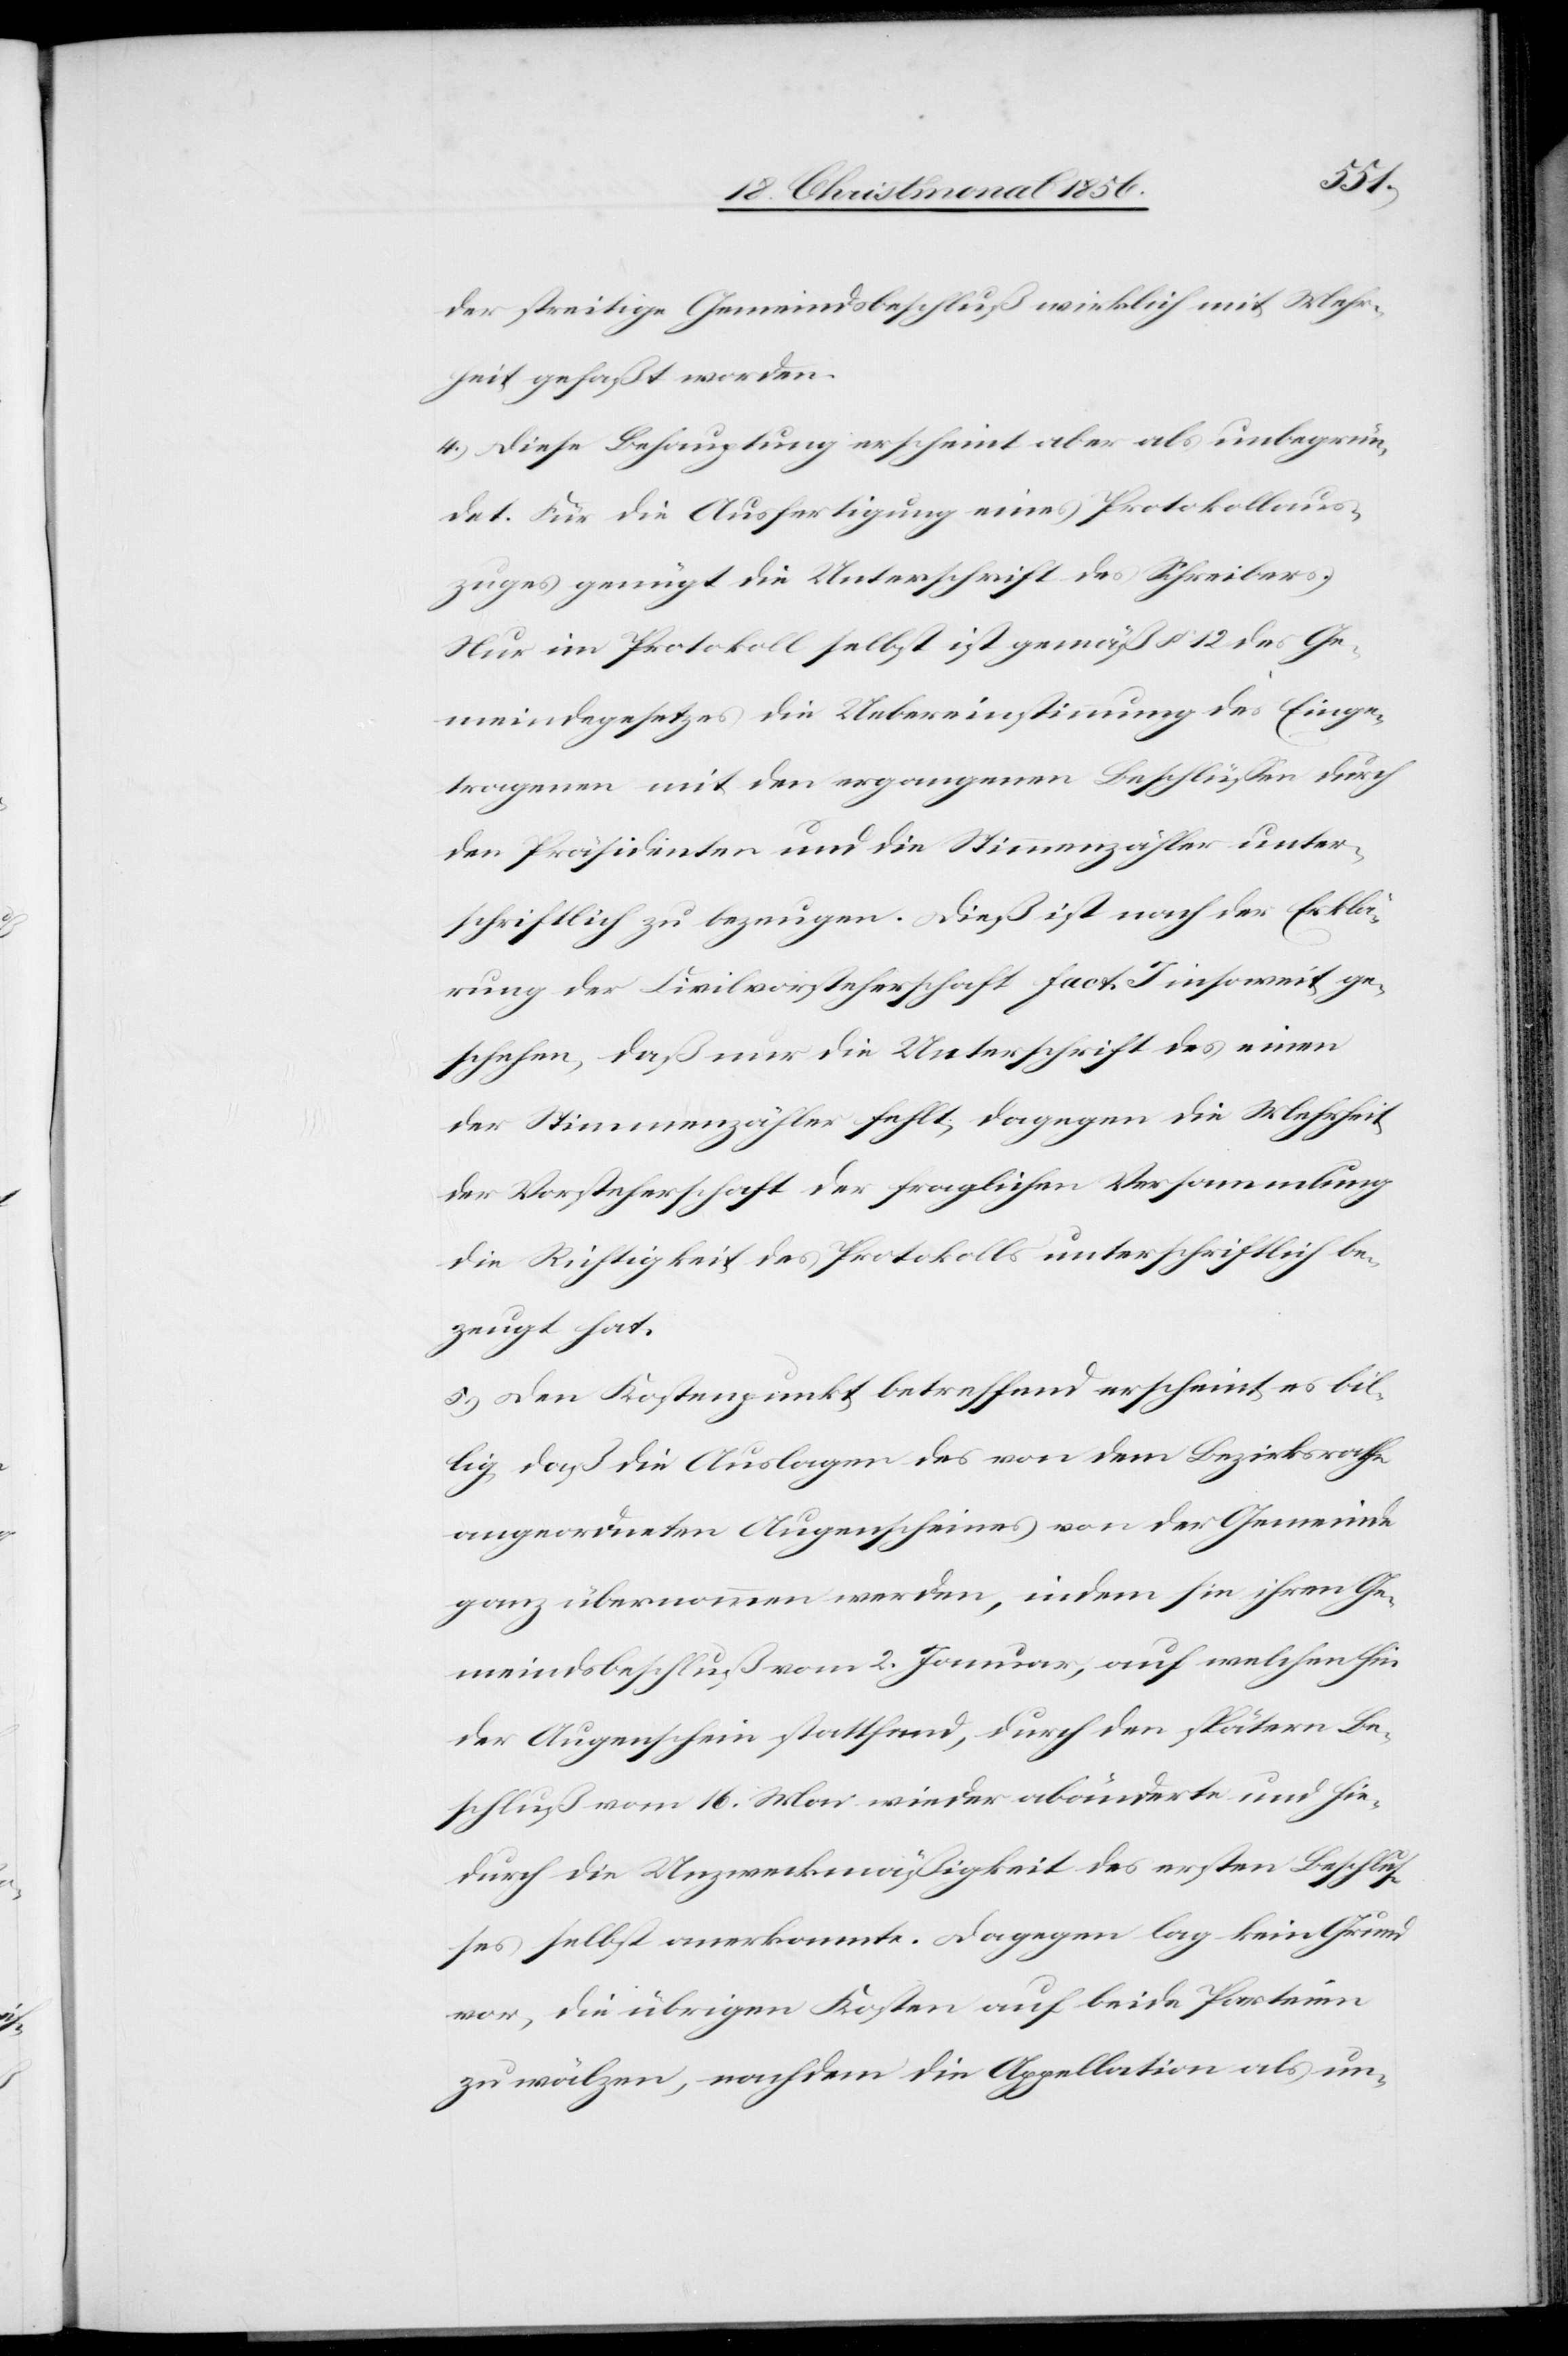
der streitige Gemeindsbeschluß wirklich mit Mehr¬
heit gefaßt worden.
4.) Diese Behauptung erscheint aber als unbegrün¬
det. Für die Ausfertigung eines Protokollaus¬
zuges genügt die Unterschrift des Schreibers.
Nur im Protokoll selbst ist gemäß § 12 des Ge¬
meindegesetzes die Uebereinstimmung des Einge¬
tragenen mit den ergangenen Beschlüssen durch
den Präsidenten und die Stimmenzähler unter¬
schriftlich zu bezeugen. Dieß ist nach der Erklä¬
rung der Civilvorsteherschaft fact. J insoweit ge¬
schehen, daß nur die Unterschrift des einen
der Stimmenzähler fehlt; dagegen die Mehrheit
der Vorsteherschaft der fraglichen Versammlung
die Richtigkeit des Protokolls unterschriftlich be¬
zeugt hat.
5.) Den Kostenpunkt betreffend erscheint es bil¬
lig, daß die Auslagen des von dem Bezirksrathe
angeordneten Augenscheines von der Gemeinde
ganz übernommen werden, indem sie ihren Ge¬
meindsbeschluß vom 2. Januar, auf welchen hin
der Augenschein stattfand, durch den spätern Be¬
schluß vom 16. Mai wieder abänderte und hie¬
durch die Unzweckmäßigkeit des ersten Beschlus¬
ses selbst anerkannte. Dagegen lag kein Grund
vor, die übrigen Kosten auf beide Parteien
zu wälzen, nachdem die Appellation als un-